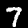
Label: 7